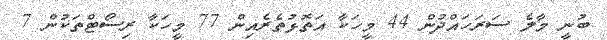
ބުނީ މާލެ ސަރަހައްދުން 44 މީހަކާ އަތޮޅުތެރެއިން 77 މީހަކާ ރިސޯޓްތަކުން 7